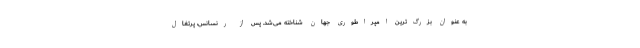
به عنوان بزرگ‌ترین امپراطوری جهان شناخته می‌شد. پس از رنسانس، پرتغال